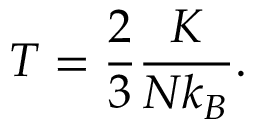
\displaystyle T = { \frac { 2 } { 3 } } { \frac { K } { N k _ { B } } } .